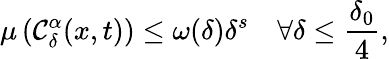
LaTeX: \mu\left(\mathcal{C}_{\delta}^{\alpha}(x,t)\right)\leq\omega(\delta)\delta^{s}\quad\forall\delta\leq\frac{\delta_{0}}{4},